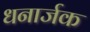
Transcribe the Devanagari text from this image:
धनार्जक